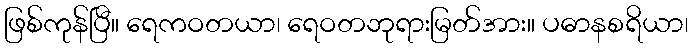
ဖြစ်ကုန်ပြီ။ ရေကဝတယာ၊ ရေဝတဘုရားမြတ်အား။ ပဓာနစရိယာ၊